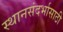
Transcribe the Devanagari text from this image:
स्थानसंदर्भासाठी